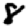
Digit: 8